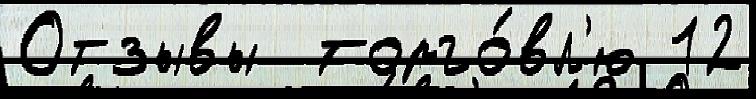
Отзывы  торго́вл'ю 12